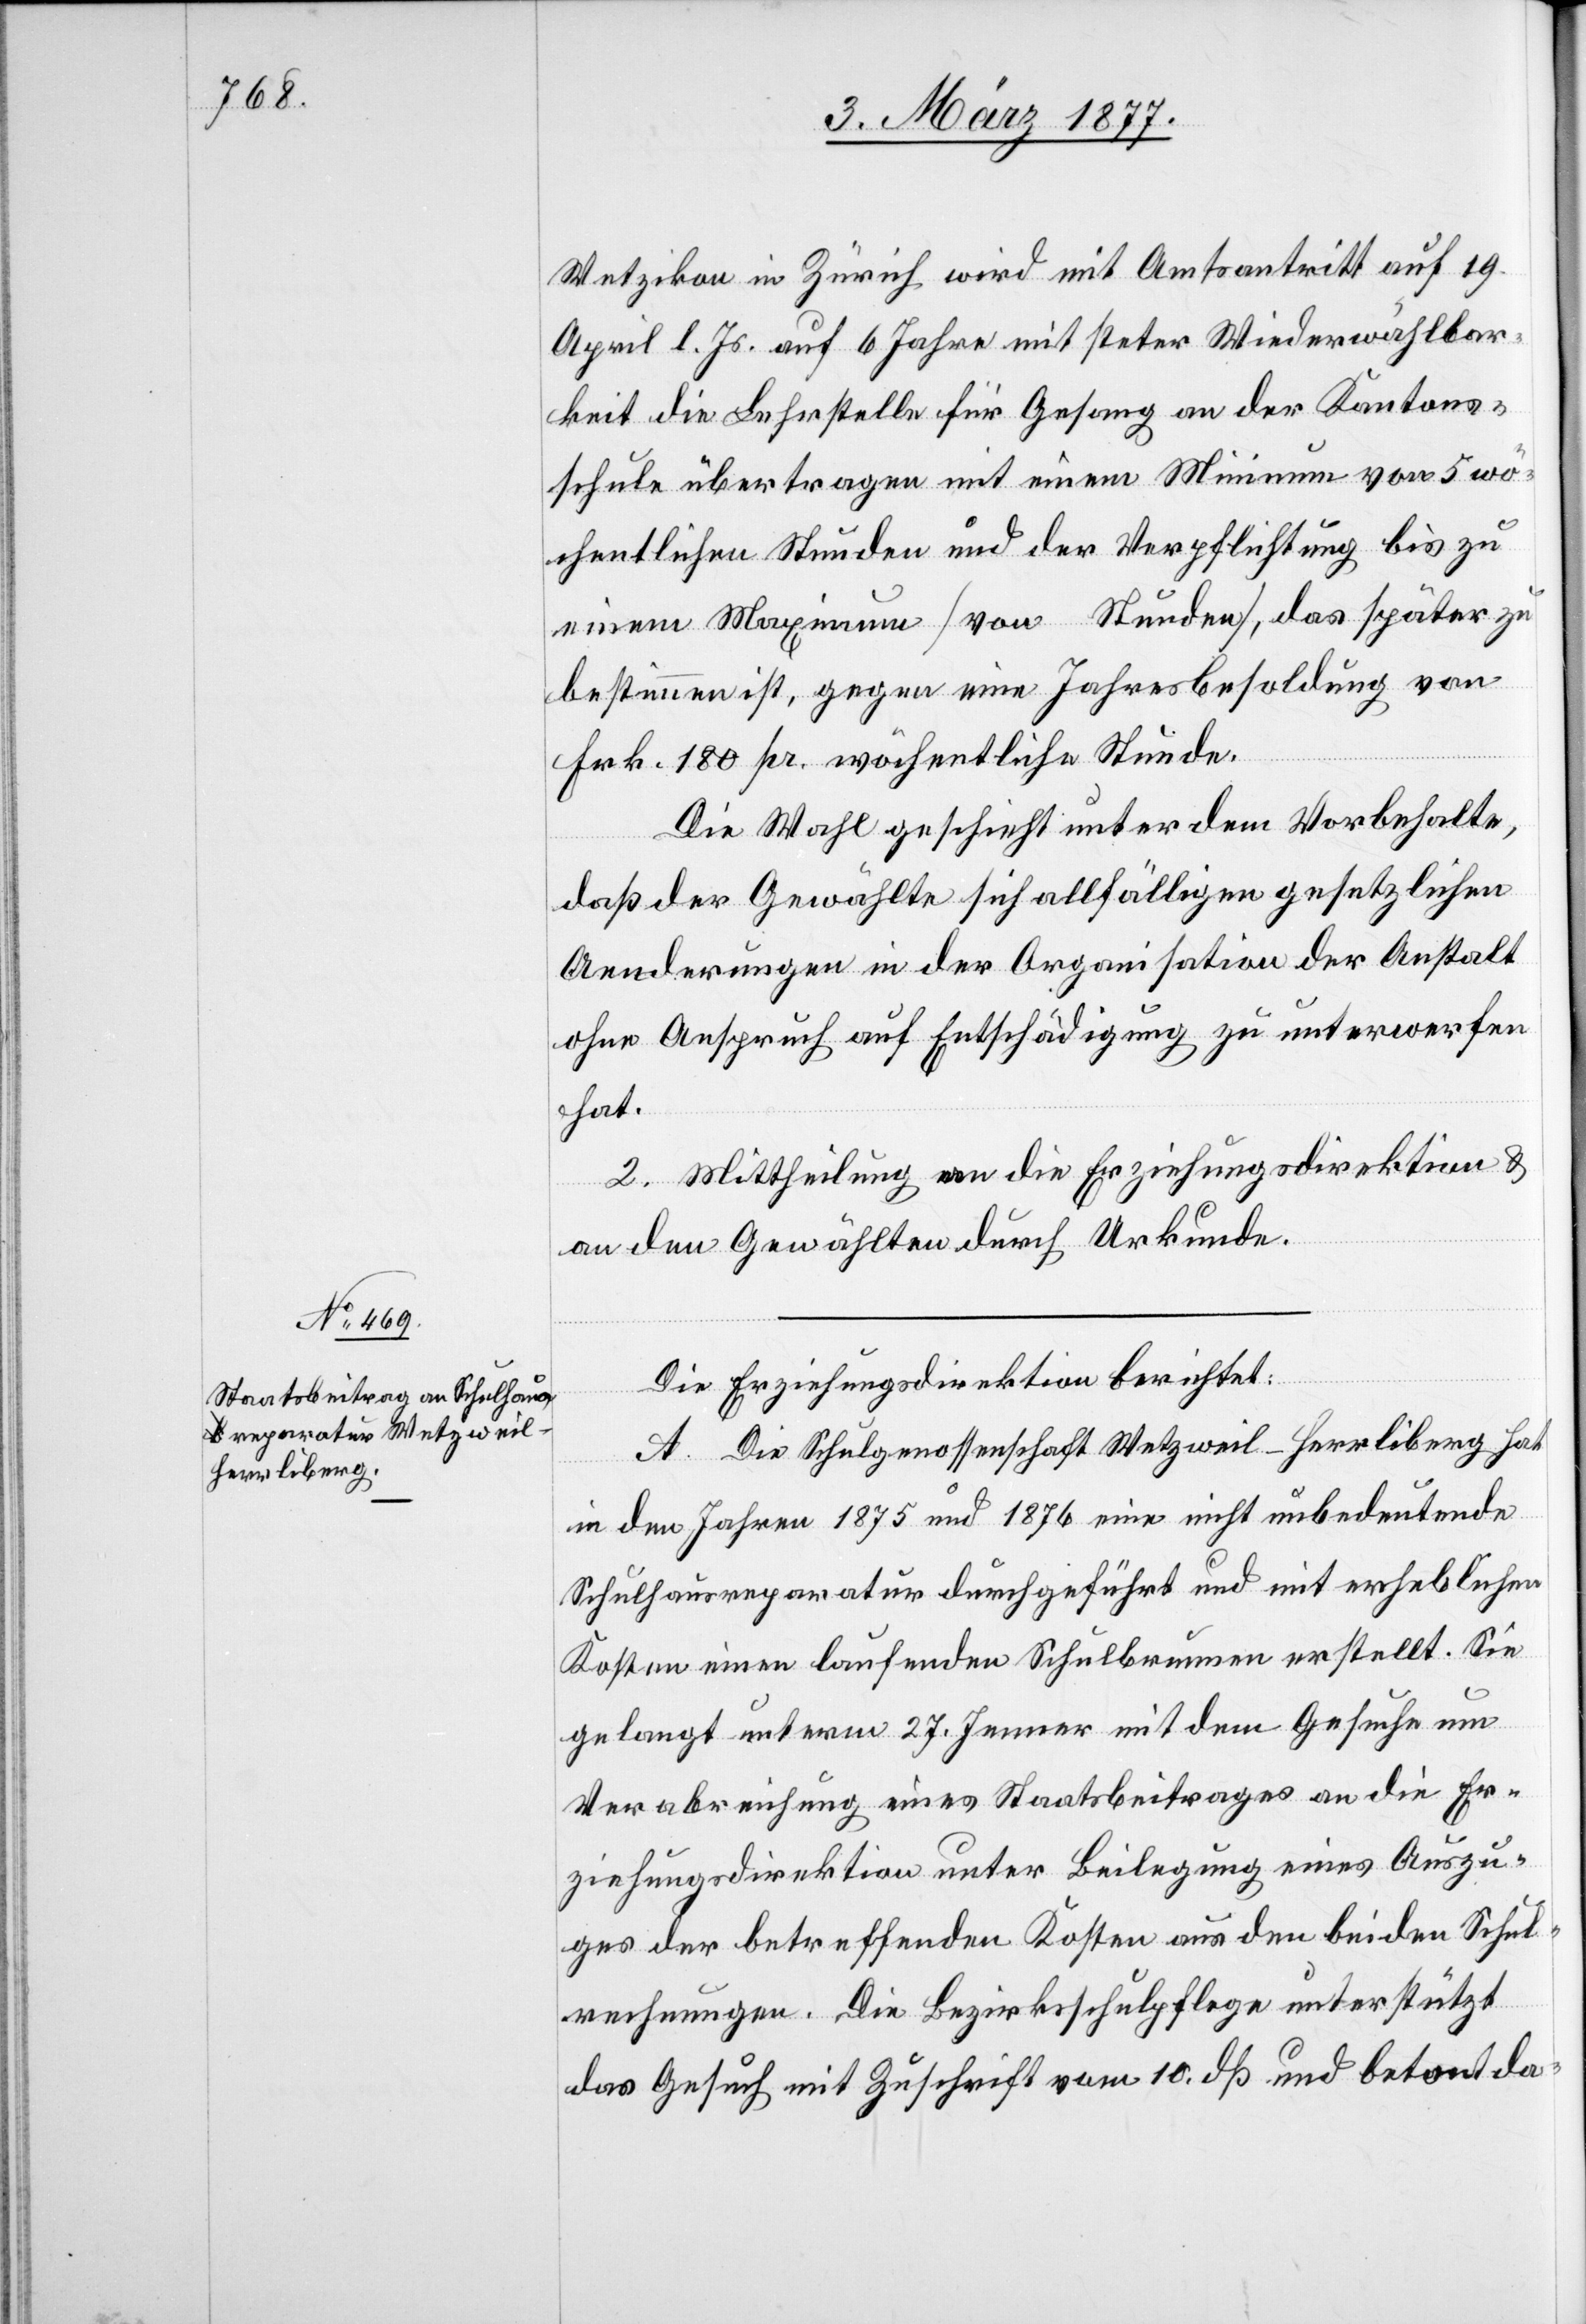
Wetzikon in Zürich wird mit Amtsantritt auf 19.
April l. Js. auf 6 Jahre mit steter Wiederwählbar¬
keit die Lehrstelle für Gesang an der Kantons¬
schule übertragen mit einem Minimum von 5 wö¬
chentlichen Stunden und der Verpflichtung bis zu
einem Maximum [von Stunden], das später zu
bestimmen ist, gegen eine Jahresbesoldung von
Frk. 180 pr. wöchentliche Stunde.
Die Wahl geschieht unter dem Vorbehalte,
daß der Gewählte sich allfälligen gesetzlichen
Aenderungen in der Organisation der Anstalt
ohne Anspruch auf Entschädigung zu unterwerfen
hat.
2. Mittheilung an die Erziehungsdirektion &
an den Gewählten durch Urkunde.